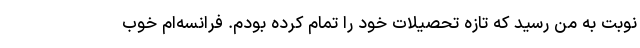
نوبت به من رسید که تازه تحصیلات خود را تمام کرده بودم. فرانسه‌ام خوب